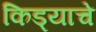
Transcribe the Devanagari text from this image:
किड्याचे